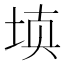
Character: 𰉰